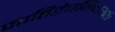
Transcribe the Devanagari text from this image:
जातिद्वेषनिवारणं।